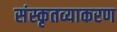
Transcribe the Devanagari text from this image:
संस्कृतव्याकरण